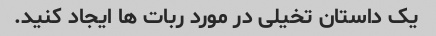
یک داستان تخیلی در مورد ربات ها ایجاد کنید.